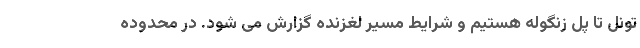
تونل تا پل زنگوله هستیم و شرایط مسیر لغزنده گزارش می شود. در محدوده